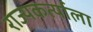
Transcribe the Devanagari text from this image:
राज्यकर्त्याला